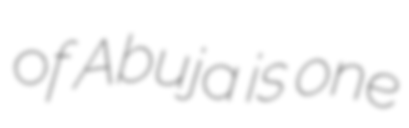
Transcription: of Abuja is one